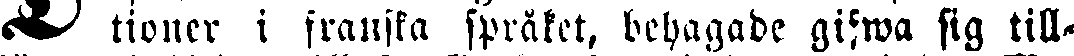
D tioner i franska språket, behagade gifwa sig till-